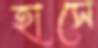
হাসে